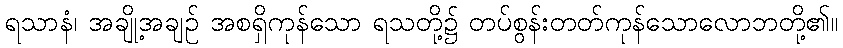
ရသာနံ၊ အချို့အချဉ် အစရှိကုန်သော ရသတို့၌ တပ်စွန်းတတ်ကုန်သောလောဘတို့၏။